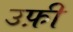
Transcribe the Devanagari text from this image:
उफ़ी